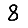
Digit: 8